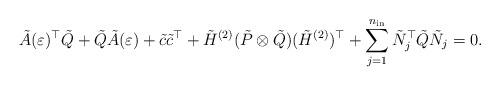
LaTeX: \begin{align*} \tilde{A}(\varepsilon)^\top \tilde{Q} + \tilde{Q} \tilde{A}(\varepsilon) + \tilde{c} \tilde{c}^\top + \tilde{H}^{(2)} (\tilde{P} \otimes \tilde{Q} ) (\tilde{H}^{(2)})^\top + \displaystyle \sum_{j=1}^{n_{\rm in}} \tilde{N}_j^\top \tilde{Q} \tilde{N}_j = 0 .\end{align*}